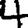
Digit: 4